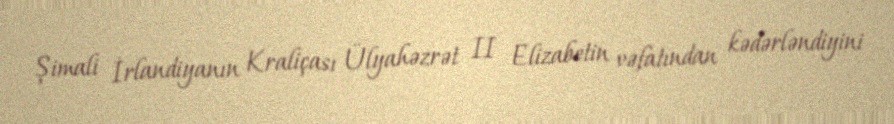
Şimali İrlandiyanın Kraliçası Ülyahəzrət II Elizabetin vəfatından kədərləndiyini